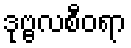
ဒုဗ္ဗလစီဝရာ